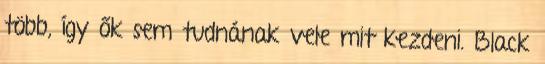
több, így ők sem tudnának vele mit kezdeni. Black